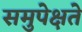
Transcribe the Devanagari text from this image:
समुपेक्षते